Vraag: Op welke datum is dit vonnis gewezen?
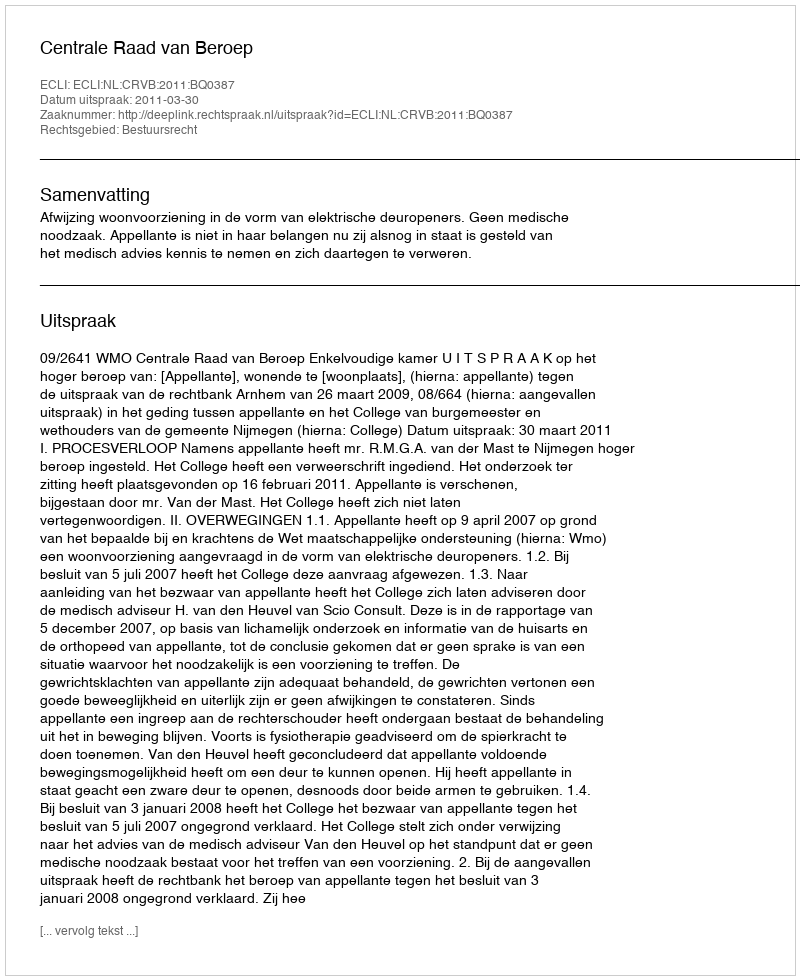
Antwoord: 2011-03-30